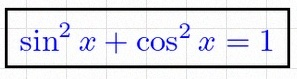
\sin^2x+\cos^2x=1